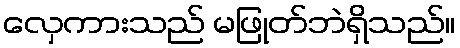
လှေကားသည် မဖြုတ်ဘဲရှိသည်။